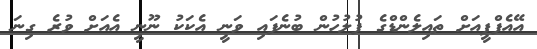
އޭއެފްޕީއަށް ތައިލެންޑްގެ ފުލުހުން ބުނެފައި ވަނީ އެކަކު ނޫނީ އެއަށް ވުރެ ގިނަ